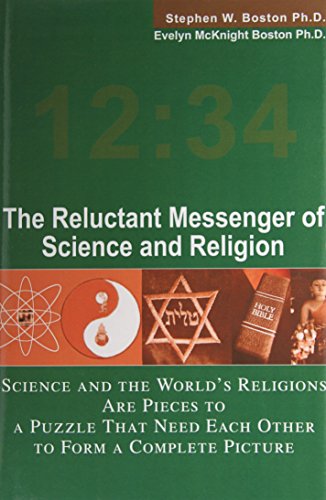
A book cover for The Reluctant Messenger of Science and Religion: Science and the World's Religions Are Pieces to a Puzzle That Need Each Other to Form a Complete Picture; Stephen W. Boston PH. D.; Religion & Spirituality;